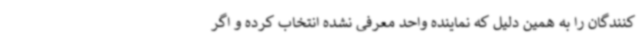
کنندگان را به همین دلیل که نماینده واحد معرفی نشده انتخاب کرده و اگر